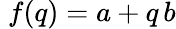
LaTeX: \; f(q)=a+q\, b